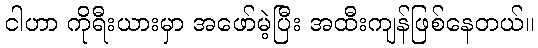
ငါဟာ ကိုရီးယားမှာ အဖော်မဲ့ပြီး အထီးကျန်ဖြစ်နေတယ်။